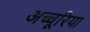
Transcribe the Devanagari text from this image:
अच्चूरिया